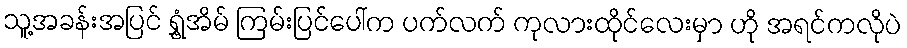
သူ့အခန်းအပြင် ရွှံ့အိမ် ကြမ်းပြင်ပေါ်က ပက်လက် ကုလားထိုင်လေးမှာ ဟို အရင်ကလိုပဲ